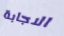
الاجابة